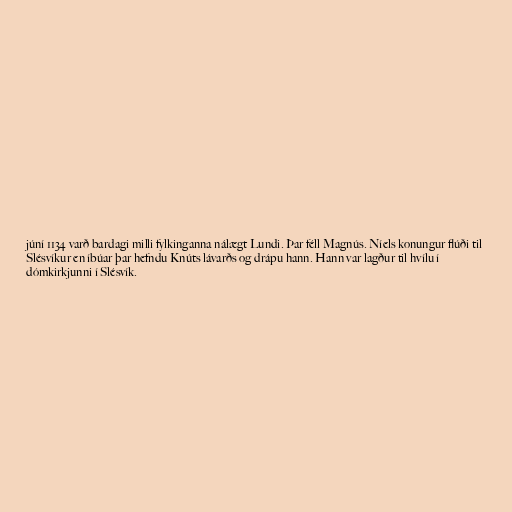
júní 1134 varð bardagi milli fylkinganna nálægt Lundi. Þar féll Magnús. Níels konungur flúði til
Slésvíkur en íbúar þar hefndu Knúts lávarðs og drápu hann. Hann var lagður til hvílu í
dómkirkjunni í Slésvík.